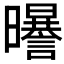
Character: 𣌈